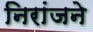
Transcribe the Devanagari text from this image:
निरांजने